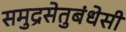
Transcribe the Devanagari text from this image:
समुद्रसेतुबंधेसी